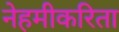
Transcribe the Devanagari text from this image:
नेहमीकरिता